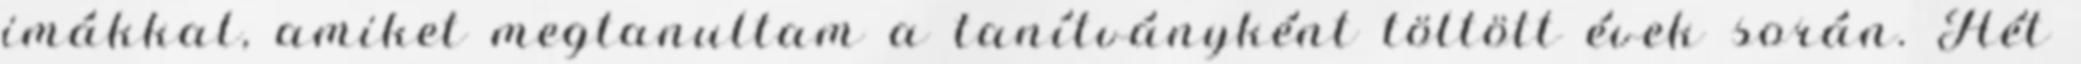
imákkal, amiket megtanultam a tanítványként töltött évek során. Hét